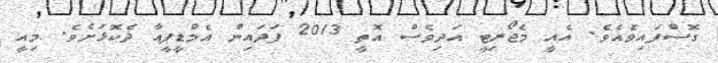
ގޮސްފައިވެއެވެ. އެއީ މެޖޯރިޓީ އަދިވެސް އޮތީ 2013 ފަދައިން އެމްޑީޕީއާ ދެކޮޅަށެވެ. މިއީ